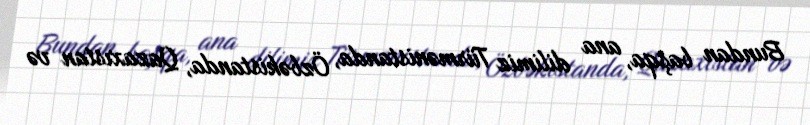
Bundan başqa, ana dilimiz Türmənistanda, Özbəkistanda, Qazaxıstan və